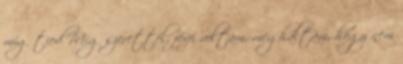
míg tied Míg szerettél, férfi voltam, meghaltam, hogy nem